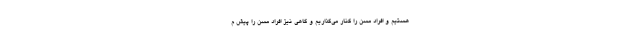
هستیم و افراد مسن را کنار می‌گذاریم و گاهی نیز افراد مسن را پیش م